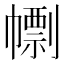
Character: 𢅚